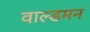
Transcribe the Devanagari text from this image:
वाल्डमन